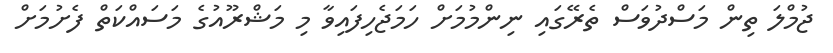
ޖުމްލަ ތިން މަސްދުވަސް ތެރޭގައި ނިންމުމަށް ހަމަޖެހިފައިވާ މި މަޝްރޫއުގެ މަސައްކަތް ފެށުމަށް